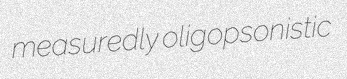
measuredly oligopsonistic